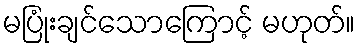
မပြုံးချင်သောကြောင့် မဟုတ်။